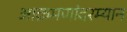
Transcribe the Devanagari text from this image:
आक्रमणांदरम्यान